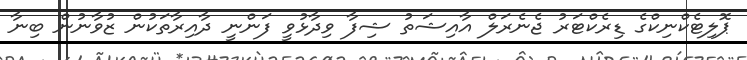
ޕޮލިޓެކްނިކްގެ ޑިރެކްޓަރު ޖެނެރަލް އާއިޝަތު ޝިފާ ވިދާޅުވީ ފަންނީ ދާއިރާތަކުން ޒުވާނުން ބިނާ